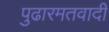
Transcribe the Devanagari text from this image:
पुढारमतवादी